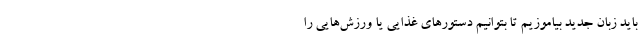
باید زبان جدید بیاموزیم تا بتوانیم دستورهای غذایی یا ورزش‌هایی را